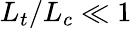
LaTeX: L_{t}/L_{c}\ll 1